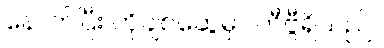
နောက်ပြီး ကိုချစ်ဆွေမှာ တီဗွီရှိသည်။